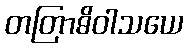
တတြာဓိဝါသယေ